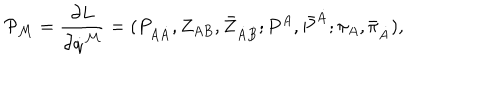
LaTeX: { \cal P } _ { { \cal M } } = { \frac { \partial L } { \partial \dot { q } ^ { { \cal M } } } } = ( P _ { A \dot { A } } , Z _ { A B } , \bar { Z } _ { \dot { A } \dot { B } } ; P ^ { A } , \bar { P } ^ { \dot { A } } ; \pi _ { A } , \bar { \pi } _ { \dot { A } } ) ,